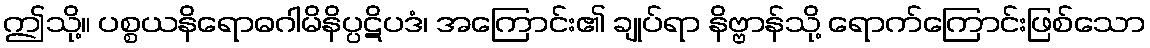
ဤသို့။ ပစ္စယနိရောဓဂါမိနိပ္ပဋိပဒံ၊ အကြောင်း၏ ချုပ်ရာ နိဗ္ဗာန်သို့ ရောက်ကြောင်းဖြစ်သော